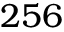
2 5 6